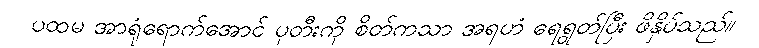
ပထမ အာရုံရောက်အောင် ပုတီးကို စိတ်ကသာ အရဟံ ရေရွတ်ပြီး ဖိနှိပ်သည်။